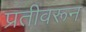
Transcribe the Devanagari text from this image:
प्रतीवरून